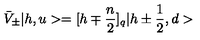
\bar { V } _ { \pm } | h , u > = [ h \mp { \frac { n } { 2 } } ] _ { q } | h \pm { \frac { 1 } { 2 } } , d >